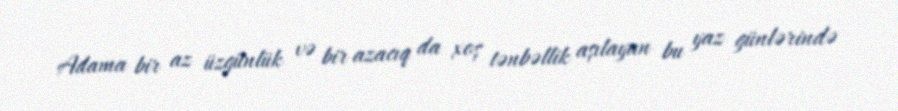
Adama bir az üzgünlük və bir azacıq da xoş tənbəllik aşılayan bu yaz günlərində